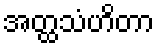
အတ္ထသံဟိတာ